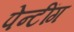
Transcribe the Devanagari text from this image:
पेन्टींग